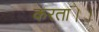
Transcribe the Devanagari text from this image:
करता।।